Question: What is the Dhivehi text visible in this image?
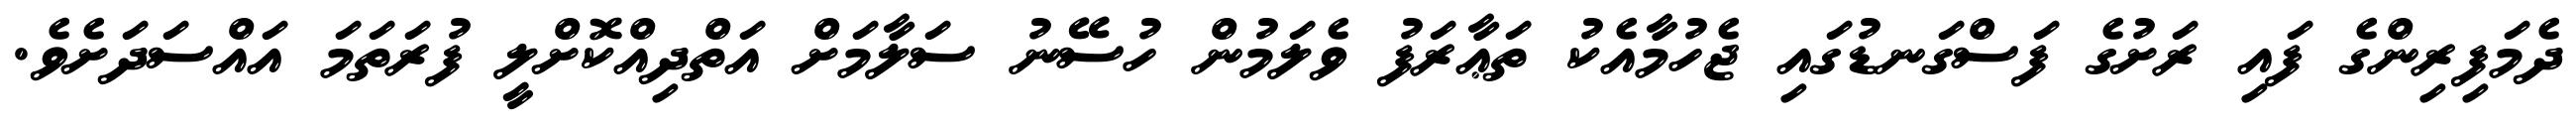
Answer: ދެމަފިރިންގެ ފައި ރަށުގެ ފަސްގަނޑުގައި ޖެހުމާއެކު ތަޢާރަފު ވެލަމުން ހުސޭނު ސަލާމަށް އަތްދިއްކޮށްލީ ފުރަތަމަ އައްސަދަށެވެ.